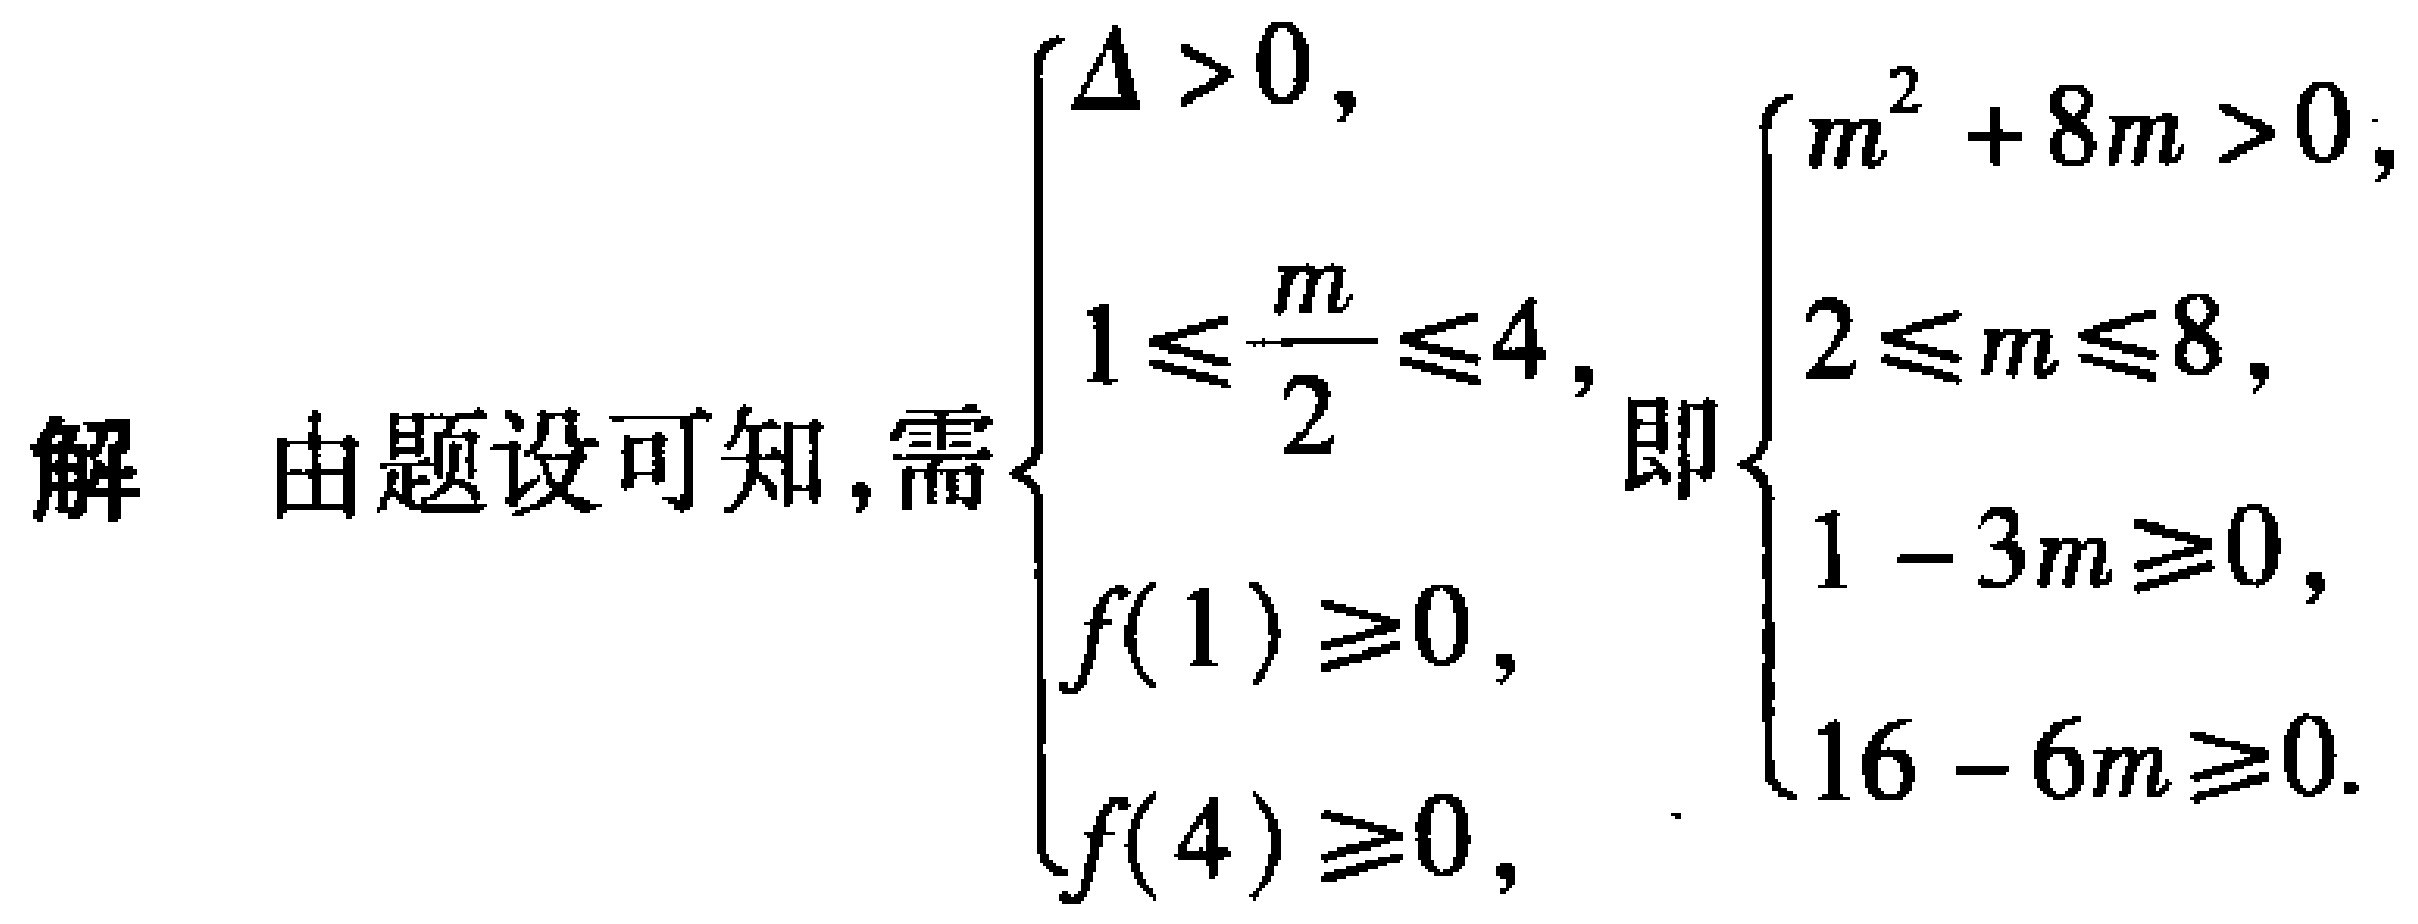
解 由题设可知,需$\begin{cases}

\Delta > 0,\\

1\leqslant\frac{m}{2}\leqslant4,\\

f(1)\geqslant0,\\

f(4)\geqslant0

\end{cases}$即$\begin{cases}

m^{2}+8m > 0,\\

2\leqslant m\leqslant8,\\

1 - 3m\geqslant0,\\

16 - 6m\geqslant0

\end{cases}$